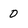
Character: 0